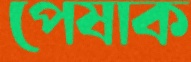
পেষাক